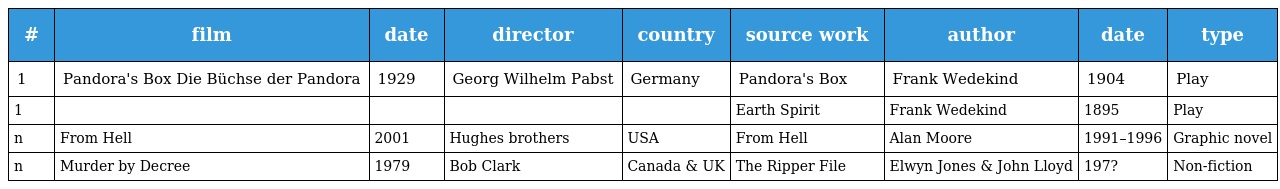
| # | film | date | director | country | source work | author | date | type |
 | --- | --- | --- | --- | --- | --- | --- | --- | --- |
 | 1 | Pandora's Box Die Büchse der Pandora | 1929 | Georg Wilhelm Pabst | Germany | Pandora's Box | Frank Wedekind | 1904 | Play |
 | 1 |  |  |  |  | Earth Spirit | Frank Wedekind | 1895 | Play |
 | n | From Hell | 2001 | Hughes brothers | USA | From Hell | Alan Moore | 1991–1996 | Graphic novel |
 | n | Murder by Decree | 1979 | Bob Clark | Canada & UK | The Ripper File | Elwyn Jones & John Lloyd | 197? | Non-fiction |